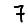
Digit: 7